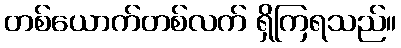
တစ်ယောက်တစ်လက် ရှိကြရသည်။